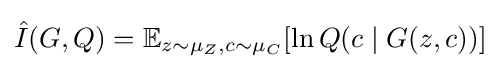
{\hat {I}}(G,Q)=\mathbb {E} _{z\sim \mu _{Z},c\sim \mu _{C}}[\ln Q(c\mid G(z,c))]